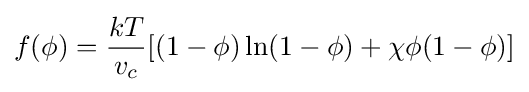
f(\phi )={\frac {kT}{v_{c}}}[(1-\phi )\ln(1-\phi )+\chi \phi (1-\phi )]